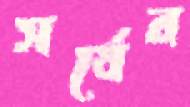
সর্ষের